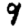
Digit: 9